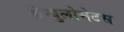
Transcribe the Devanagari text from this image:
ग्रेन्युलोमेटस